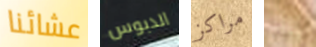
عشائنا الدبوس مراكز بهذا